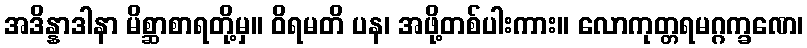
အဒိန္နာဒါနာ မိစ္ဆာစာရတို့မှ။ ဝိရမတိ ပန၊ အဖို့တစ်ပါးကား။ လောကုတ္တရမဂ္ဂက္ခဏေ၊